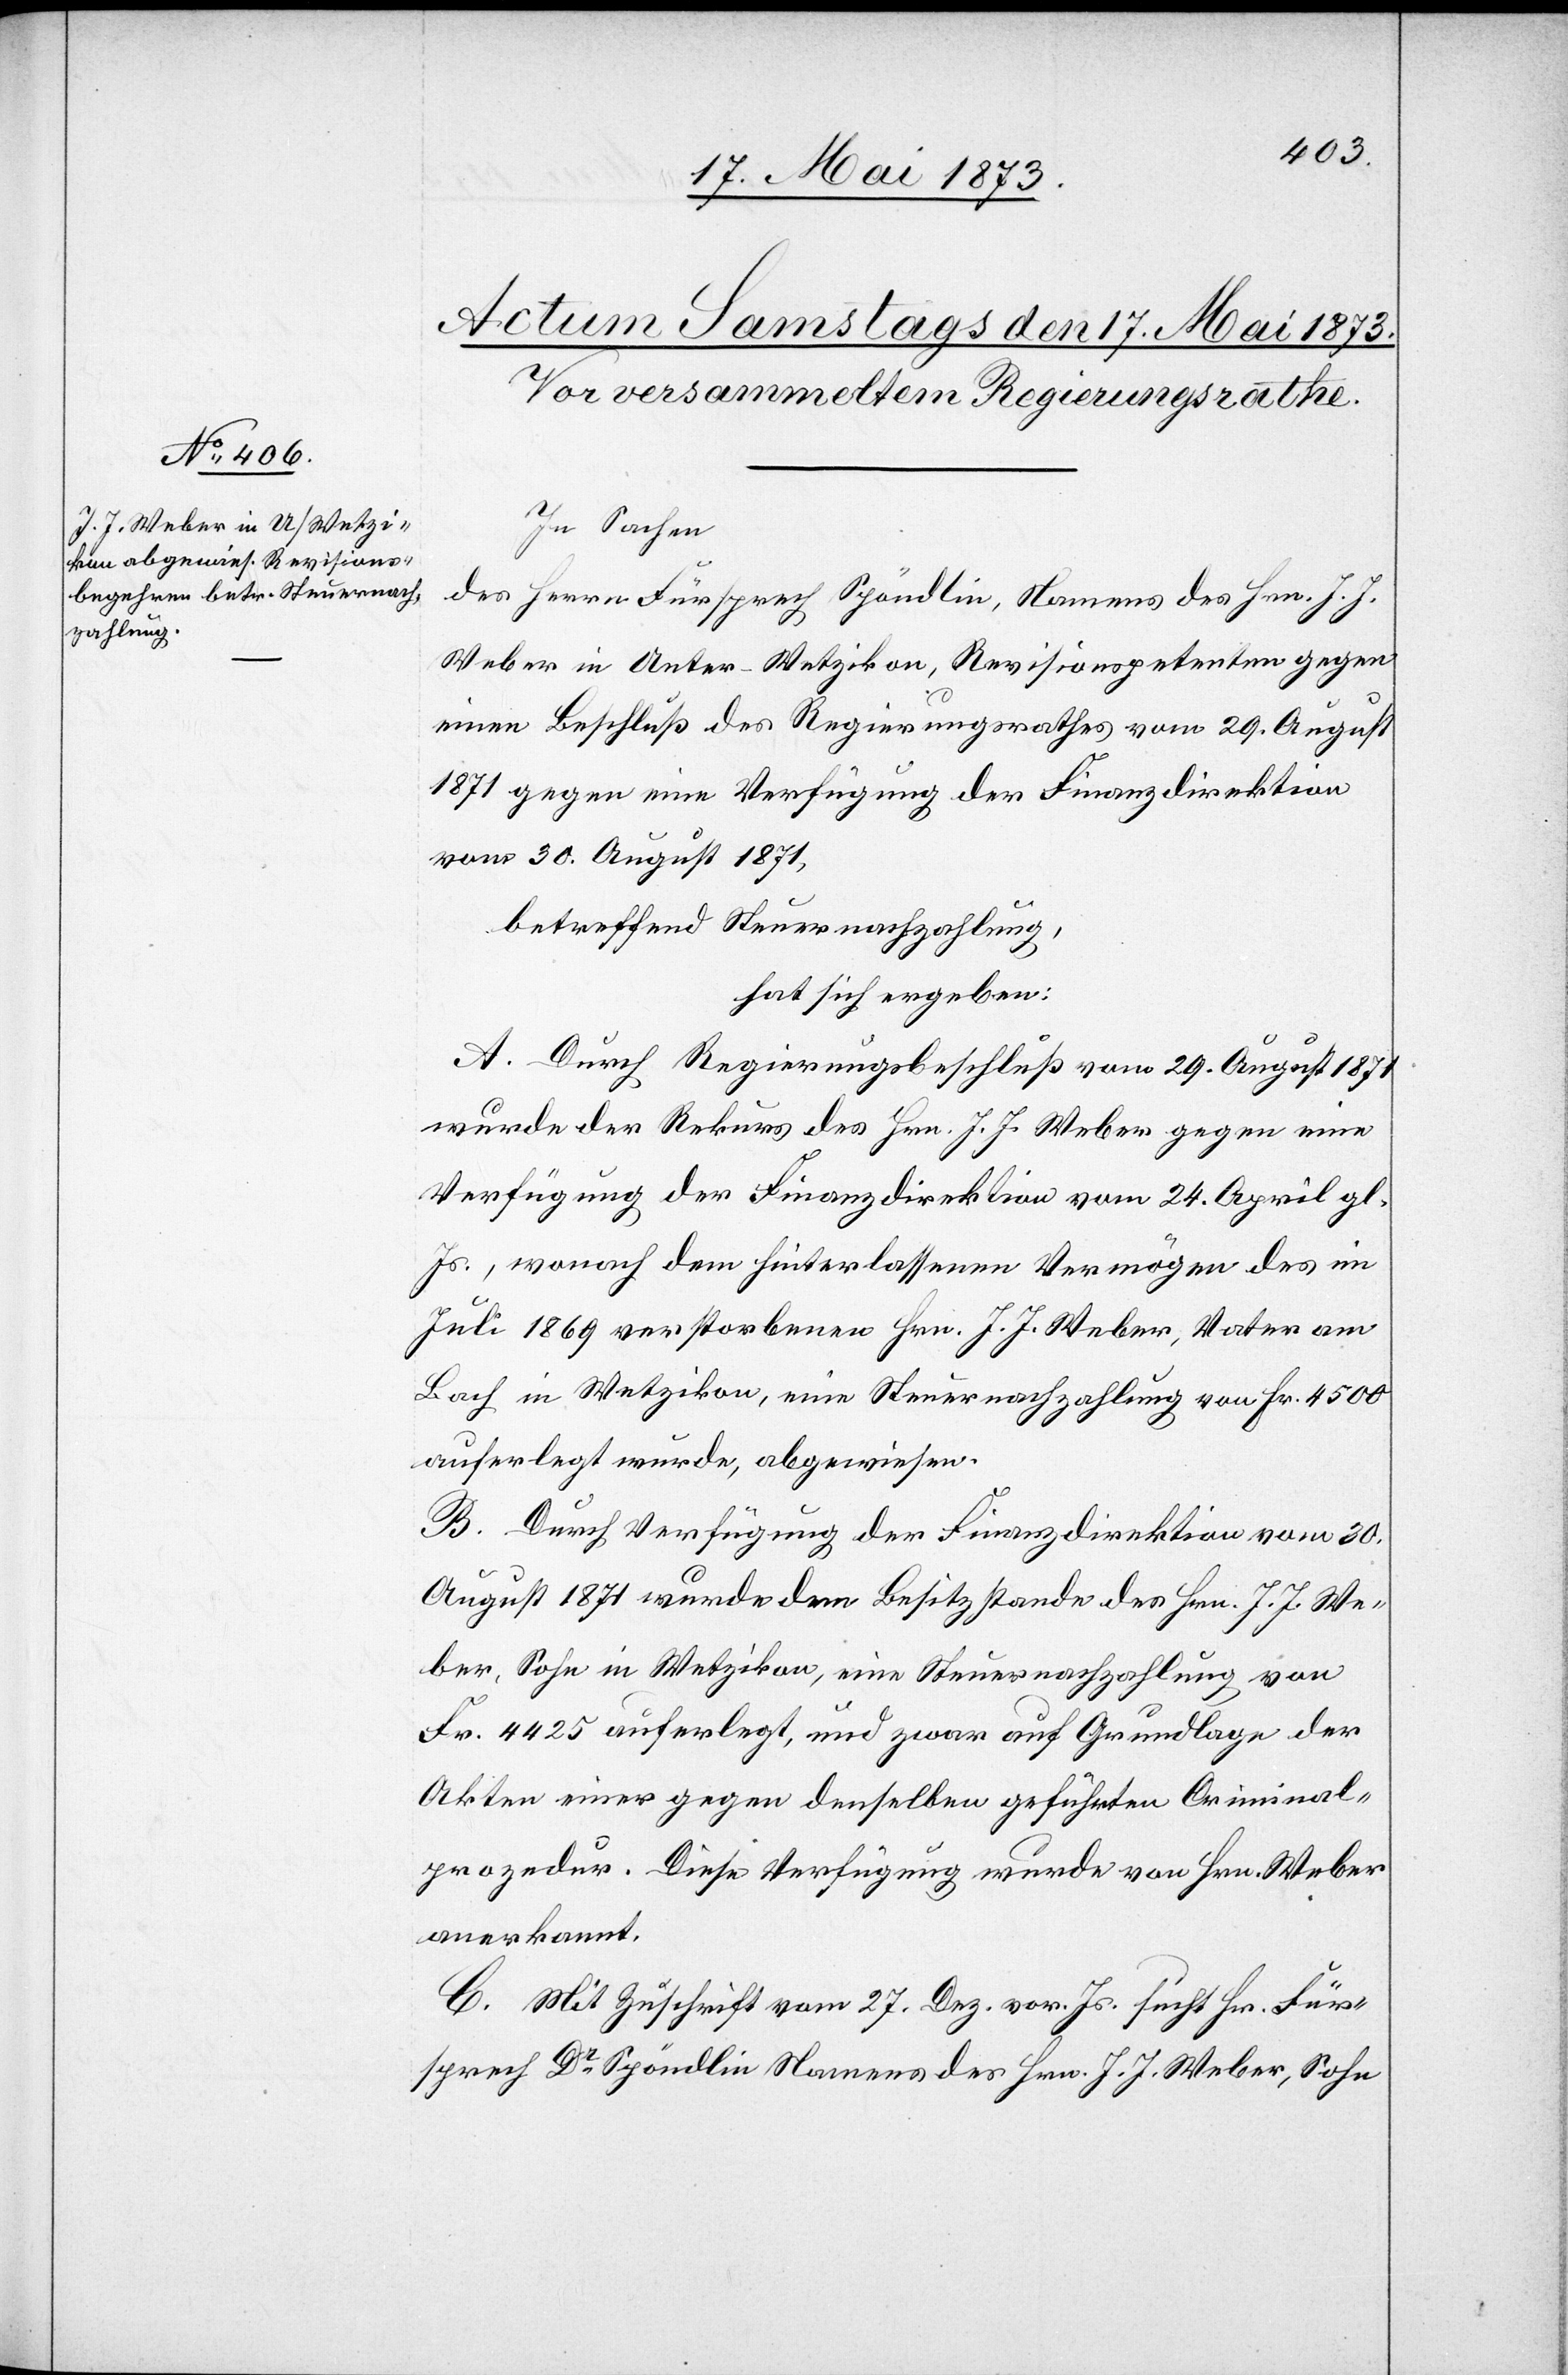
In Sachen
des Herrn Fürsprech Spöndlin, Namens des Hrn. J. J.
Weber in Unter-Wetzikon, Revisionspetenten gegen
einen Beschluß des Regierungsrathes vom 29. August
1871 gegen eine Verfügung der Finanzdirektion
vom 30. August 1871,
betreffend Steuernachzahlung,
hat sich ergeben:
A. Durch Regierungsbeschluß vom 29. August 1871
wurde der Rekurs des Hrn. J. J. Weber gegen eine
Verfügung der Finanzdirektion vom 24. April gl.
Js., wonach dem hinterlassenen Vermögen des im
Juli 1869 verstorbenen Hrn. J. J. Weber, Vater am
Bach in Wetzikon, eine Steuernachzahlung von Fr. 4 500
auferlegt wurde, abgewiesen.
B. Durch Verfügung der Finanzdirektion vom 30.
August 1871 wurde dem Besitzstande des Hrn. J. J. We¬
ber, Sohn in Wetzikon, eine Steuernachzahlung von
Fr. 4 425 auferlegt, und zwar auf Grundlage der
Akten einer gegen denselben geführten Criminal¬
prozedur. Diese Verfügung wurde von Hrn. Weber
anerkannt.
C. Mit Zuschrift vom 27. Dez. vor. Js. sucht Hr. Für¬
sprech Dr Spöndlin Namens des Hrn. J. J. Weber, Sohn